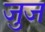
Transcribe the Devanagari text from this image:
जुज